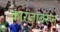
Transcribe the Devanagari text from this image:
कारंजावरून